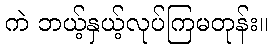
ကဲ ဘယ့်နှယ့်လုပ်ကြမတုန်း။